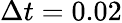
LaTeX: \Delta t=0.02